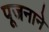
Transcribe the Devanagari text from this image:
पूजनाने